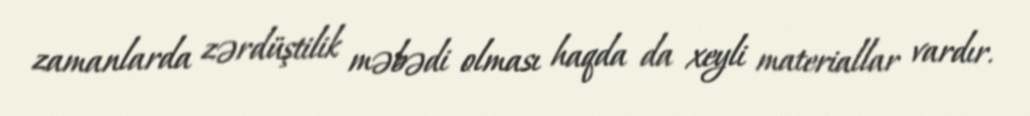
zamanlarda zərdüştilik məbədi olması haqda da xeyli materiallar vardır.